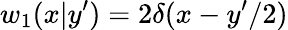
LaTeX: w_{1}(x|y^{\prime})=2\delta(x-y^{\prime}/2)